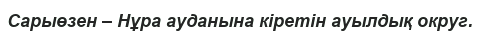
Сарыөзен – Нұра ауданына кіретін ауылдық округ.